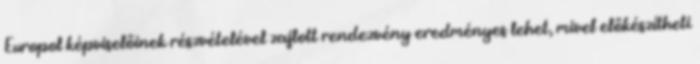
Europol képviselőinek részvételével zajlott rendezvény eredményes lehet, mivel előkészítheti